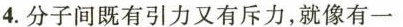
4.分子间既有引力又有斥力，就像有一